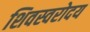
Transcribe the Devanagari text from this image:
शिवस्वरोदय